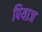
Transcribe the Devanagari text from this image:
पियाज